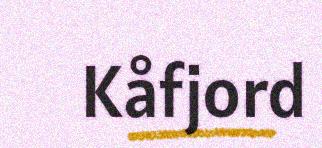
Kåfjord